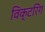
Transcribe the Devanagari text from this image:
विक्टरिंग